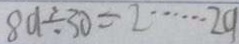
8 9 \div 3 0 = 2 \cdots 2 9